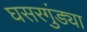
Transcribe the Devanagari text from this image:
घसरगुंड्या